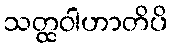
သတ္ထဝါဟာတိပိ